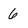
Character: 6